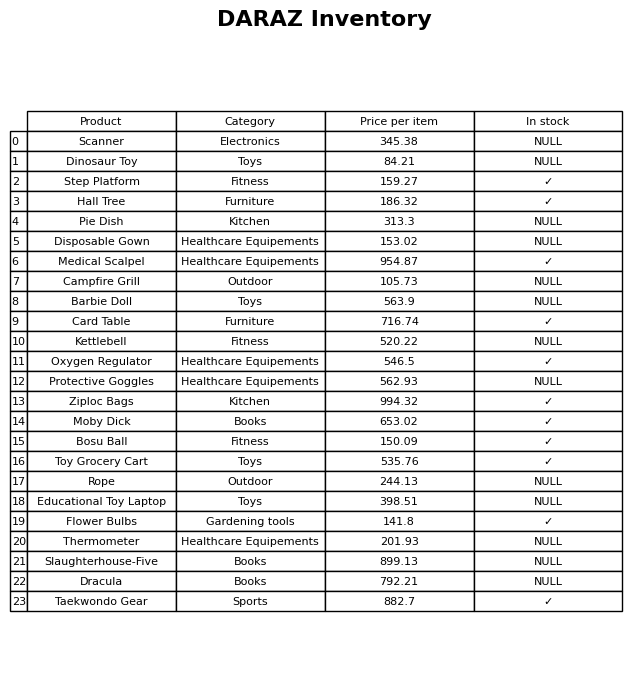
question: What is the price of the Taekwondo Gear?
answer: The price of Taekwondo Gear is 882.7.